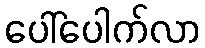
ပေါ်ပေါက်လာ